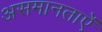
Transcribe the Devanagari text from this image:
असमानताऐं